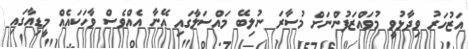
އަޒުހަރު ވިދާޅުވީ މުވައްޒަފުންނަށް މުސާރަ ނުލިބޭ މައްސަލާގައި އޭނާ އެއްވެސް ވާހަކައެއް މީޑިއާގައި